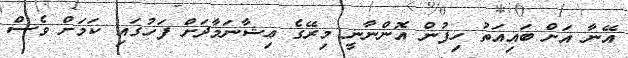
އޭނާ އަށް ބައިއަތު ހިފުން އޮންނާނީ މިރޭގެ ޢިޝާނަމާދަށް ފަހުގައި ކަމަށް ވެސް